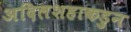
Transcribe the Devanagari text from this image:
अदिलशहाकडुन